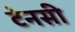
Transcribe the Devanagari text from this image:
टेनसी